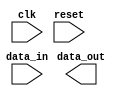
module uart_controller (
    input wire clk,
    input wire reset,
    input wire data_in,
    output reg data_out
);

// Timing control block
reg [7:0] baud_counter;
parameter BAUD_RATE = 9600; // example baud rate
parameter CLK_FREQ = 100000000; // example clock frequency

always @(posedge clk or posedge reset) begin
    if (reset) begin
        baud_counter <= 0;
    end else begin
        if (baud_counter == (CLK_FREQ / BAUD_RATE) - 1) begin
            baud_counter <= 0;
        end else begin
            baud_counter <= baud_counter + 1;
        end
    end
end

// Synchronization block
reg [1:0] async_counter;
reg [1:0] sync_counter;

always @(posedge clk or posedge reset) begin
    if (reset) begin
        async_counter <= 0;
        sync_counter <= 0;
    end else begin
        // handle synchronization logic here
        // for incoming and outgoing data streams
    end
end

// UART bus controller
always @(posedge clk or posedge reset) begin
    if (reset) begin
        // reset controller state
    end else begin
        // handle UART bus communication
        // using timing control and synchronization blocks
    end
end

endmodule